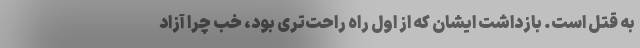
به قتل است. بازداشت ایشان که از اول راه راحت‌تری بود، خب چرا آزاد